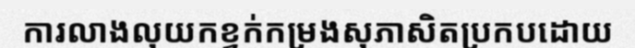
ការលាងលុយកខ្វក់កម្រងសុភាសិតប្រកបដោយ